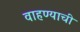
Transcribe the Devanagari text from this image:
वाहण्‍याची